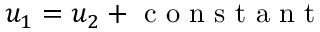
u _ { 1 } = u _ { 2 } + \mathrm { ~ c ~ o ~ n ~ s ~ t ~ a ~ n ~ t ~ }